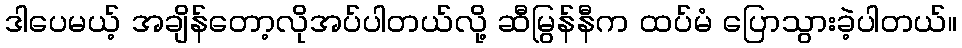
ဒါပေမယ့် အချိန်တော့လိုအပ်ပါတယ်လို့ ဆီမြွန်နီက ထပ်မံ ပြောသွားခဲ့ပါတယ်။